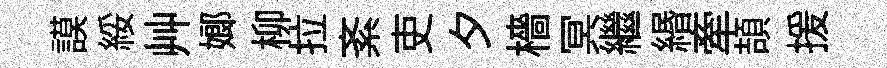
謨綏艸嫏柳拉紊吏夕檣冥繼緡牽頡援